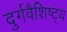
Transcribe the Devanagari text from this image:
दुर्गवैशिष्ट्य